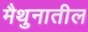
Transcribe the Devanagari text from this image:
मैथुनातील